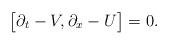
LaTeX: \begin{align*}\big[\partial_t-V,\partial_x-U\big]&=0.\end{align*}